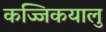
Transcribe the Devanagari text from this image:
कज्जिकयालु